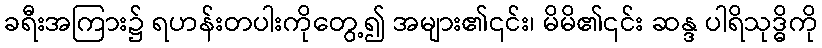
ခရီးအကြား၌ ရဟန်းတပါးကိုတွေ့၍ အများ၏၎င်း၊ မိမိ၏၎င်း ဆန္ဒ ပါရိသုဒ္ဓိကို